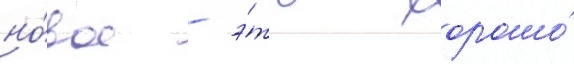
но́вое - э́то хорошо́